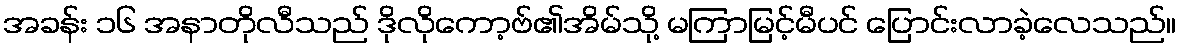
အခန်း ၁၆ အနာတိုလီသည် ဒိုလိုကော့ဗ်၏အိမ်သို့ မကြာမြင့်မီပင် ပြောင်းလာခဲ့လေသည်။